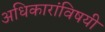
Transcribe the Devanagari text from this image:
अधिकारांविषयी